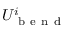
U _ { \mathrm { ~ b ~ e ~ n ~ d ~ } } ^ { i }